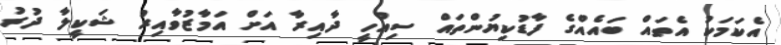
އެކަމަކު އެތައް ބައެއްގެ ފާޑުކިޔުންތައް ސިއްހީ ދާއިރާ އަށް އަމާޒުވާއިރު ޝަކީލާ ދުރު